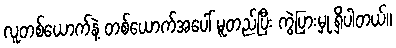
လူတစ်ယောက်နဲ့ တစ်ယောက်အပေါ် မူတည်ပြီး ကွဲပြားမှု ရှိပါတယ်။